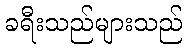
ခရီးသည်များသည်